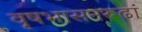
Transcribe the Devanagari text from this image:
वृषभासनरूढां